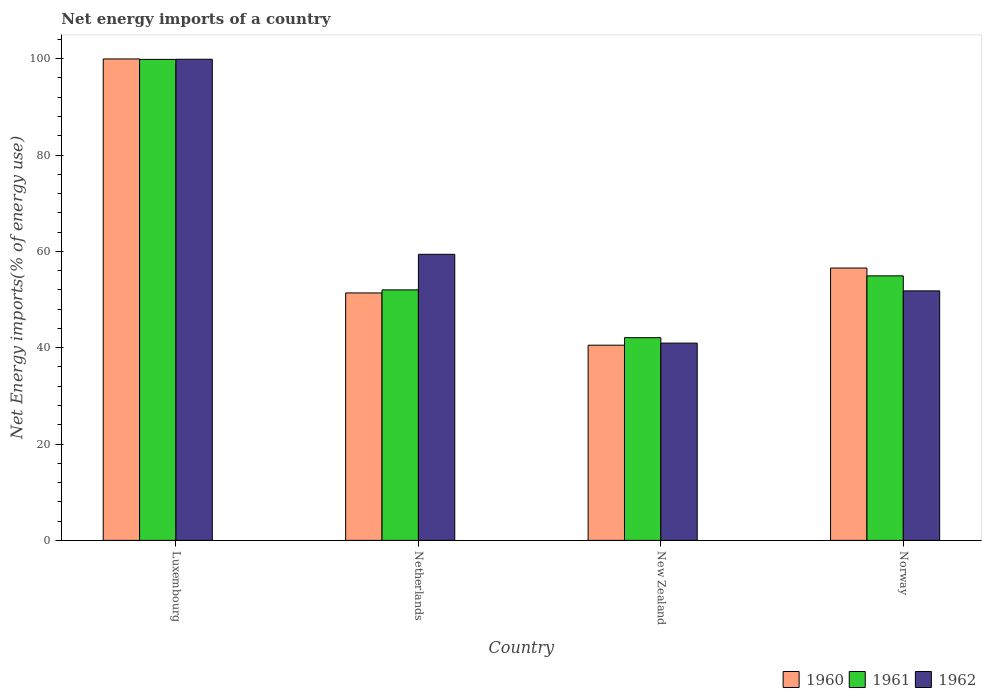
| Country | 1960 | 1961 | 1962 |
 | --- | --- | --- | --- |
 | Luxembourg | 99.9 | 99.9 | 99.9 |
 | Netherlands | 51.4 | 52 | 59.4 |
 | New Zealand | 40.5 | 42.1 | 41 |
 | Norway | 56.5 | 54.9 | 51.8 |